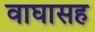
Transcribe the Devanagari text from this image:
वाघासह